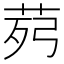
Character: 𦯢